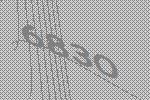
6830